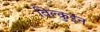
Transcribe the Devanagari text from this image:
विल्कुइन